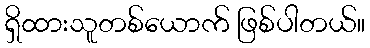
ရှိထားသူတစ်ယောက် ဖြစ်ပါတယ်။